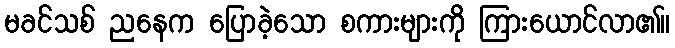
မခင်သစ် ညနေက ပြောခဲ့သော စကားများကို ကြားယောင်လာ၏။